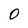
Character: 0